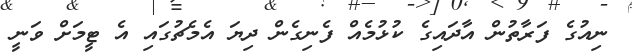
ނިއުގެ ފަރާތުން އާދައިގެ ކުޅުމެއް ފެނިގެން ދިޔަ އެމެޗުގައި އެ ޓީމަށް ވަނީ